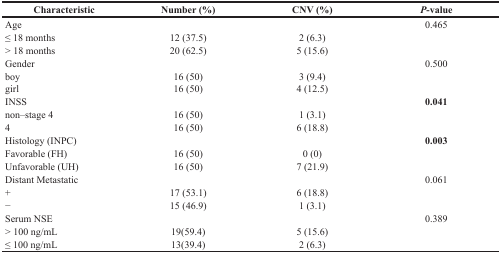
<table><thead><tr><td><b>Characteristic</b></td><td><b>Number (%)</b></td><td><b>CNV (%)</b></td><td><b><i>P</i>-value</b></td></tr></thead><tbody><tr><td>Age</td><td></td><td></td><td>0.465</td></tr><tr><td>≤ 18 months</td><td>12 (37.5)</td><td>2 (6.3)</td><td></td></tr><tr><td>&gt; 18 months</td><td>20 (62.5)</td><td>5 (15.6)</td><td></td></tr><tr><td>Gender</td><td></td><td></td><td>0.500</td></tr><tr><td>boy</td><td>16 (50)</td><td>3 (9.4)</td><td></td></tr><tr><td>girl</td><td>16 (50)</td><td>4 (12.5)</td><td></td></tr><tr><td>INSS</td><td></td><td></td><td><b>0.041</b></td></tr><tr><td>non–stage 4</td><td>16 (50)</td><td>1 (3.1)</td><td></td></tr><tr><td>4</td><td>16 (50)</td><td>6 (18.8)</td><td></td></tr><tr><td>Histology (INPC)</td><td></td><td></td><td><b>0.003</b></td></tr><tr><td>Favorable (FH)</td><td>16 (50)</td><td>0 (0)</td><td></td></tr><tr><td>Unfavorable (UH)</td><td>16 (50)</td><td>7 (21.9)</td><td></td></tr><tr><td>Distant Metastatic</td><td></td><td></td><td>0.061</td></tr><tr><td>+</td><td>17 (53.1)</td><td>6 (18.8)</td><td></td></tr><tr><td>−</td><td>15 (46.9)</td><td>1 (3.1)</td><td></td></tr><tr><td>Serum NSE</td><td></td><td></td><td>0.389</td></tr><tr><td>&gt; 100 ng/mL</td><td>19(59.4)</td><td>5 (15.6)</td><td></td></tr><tr><td>≤ 100 ng/mL</td><td>13(39.4)</td><td>2 (6.3)</td><td></td></tr></tbody></table>